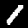
Digit: 1